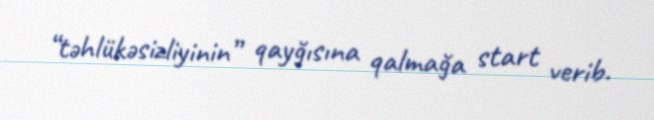
“təhlükəsizliyinin” qayğısına qalmağa start verib.